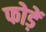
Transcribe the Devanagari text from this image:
फोड़ें